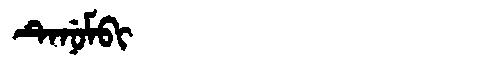
Manchu: ᡨᡝᠨᡠᠮᠪᡳ
Romanization: TENUMBI